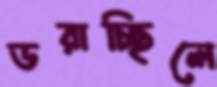
ডরাচ্ছিলে